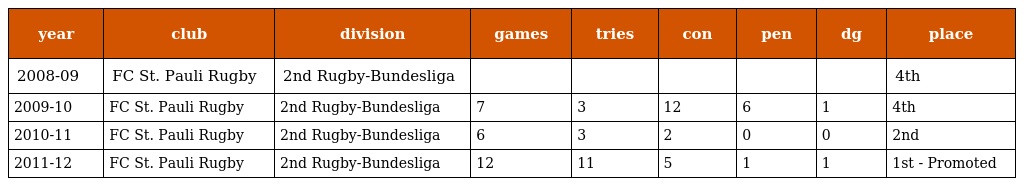
| year | club | division | games | tries | con | pen | dg | place |
 | --- | --- | --- | --- | --- | --- | --- | --- | --- |
 | 2008-09 | FC St. Pauli Rugby | 2nd Rugby-Bundesliga |  |  |  |  |  | 4th |
 | 2009-10 | FC St. Pauli Rugby | 2nd Rugby-Bundesliga | 7 | 3 | 12 | 6 | 1 | 4th |
 | 2010-11 | FC St. Pauli Rugby | 2nd Rugby-Bundesliga | 6 | 3 | 2 | 0 | 0 | 2nd |
 | 2011-12 | FC St. Pauli Rugby | 2nd Rugby-Bundesliga | 12 | 11 | 5 | 1 | 1 | 1st - Promoted |